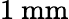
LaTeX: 1~\mathrm{mm}